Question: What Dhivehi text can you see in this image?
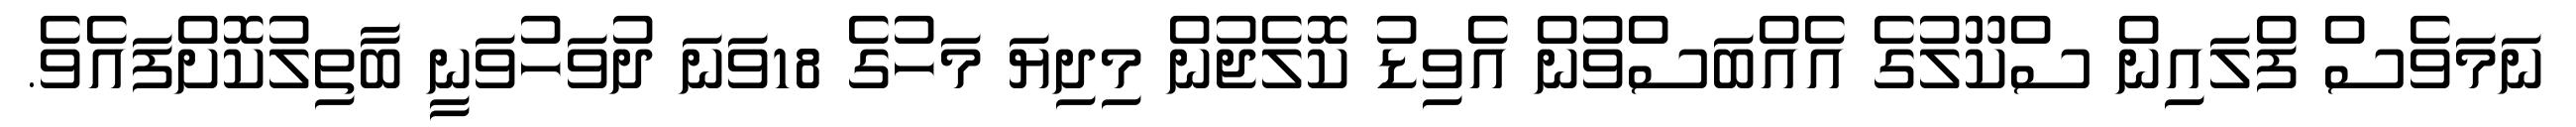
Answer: ނަމަވެސް ފްލައިން ސްކޫލުގެ އެއްބަސްވުން އެވިޑު ކޮލެޖުން މިދިޔަ މަހުގެ 18ވަނަ ދުވަހުވަނީ ބާތިލުކޮށްފައެވެ.